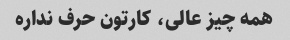
همه چیز عالی، کارتون حرف نداره